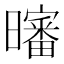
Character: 𰖸